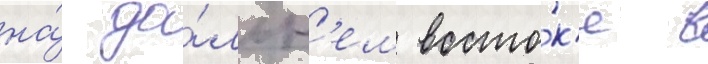
на́ да́льн'ем восто́к'е в